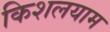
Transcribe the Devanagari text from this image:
किशलयाम